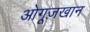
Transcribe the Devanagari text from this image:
ओगूज़खान